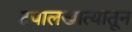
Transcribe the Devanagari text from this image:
टपालखात्यातून